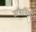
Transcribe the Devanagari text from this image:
जावानिको